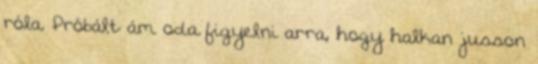
róla. Próbált ám oda figyelni arra, hogy halkan jusson